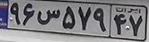
۹۶س۵۷۹۴۷